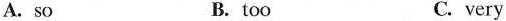
A.so B.too C.very